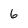
Character: 6